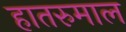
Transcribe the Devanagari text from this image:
हातरुमाल